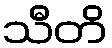
သီတိ